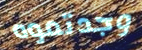
وجدتموه